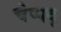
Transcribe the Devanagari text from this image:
चेप्पदु